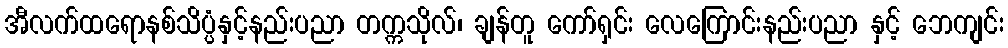
အီလက်ထရောနစ်သိပ္ပံနှင့်နည်းပညာ တက္ကသိုလ်၊ ချန်တူ ကော်ရှင်း လေကြောင်းနည်းပညာ နှင့် ဘေကျင်း